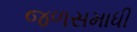
જળસમાધી